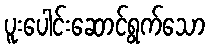
ပူးပေါင်းဆောင်ရွက်သော